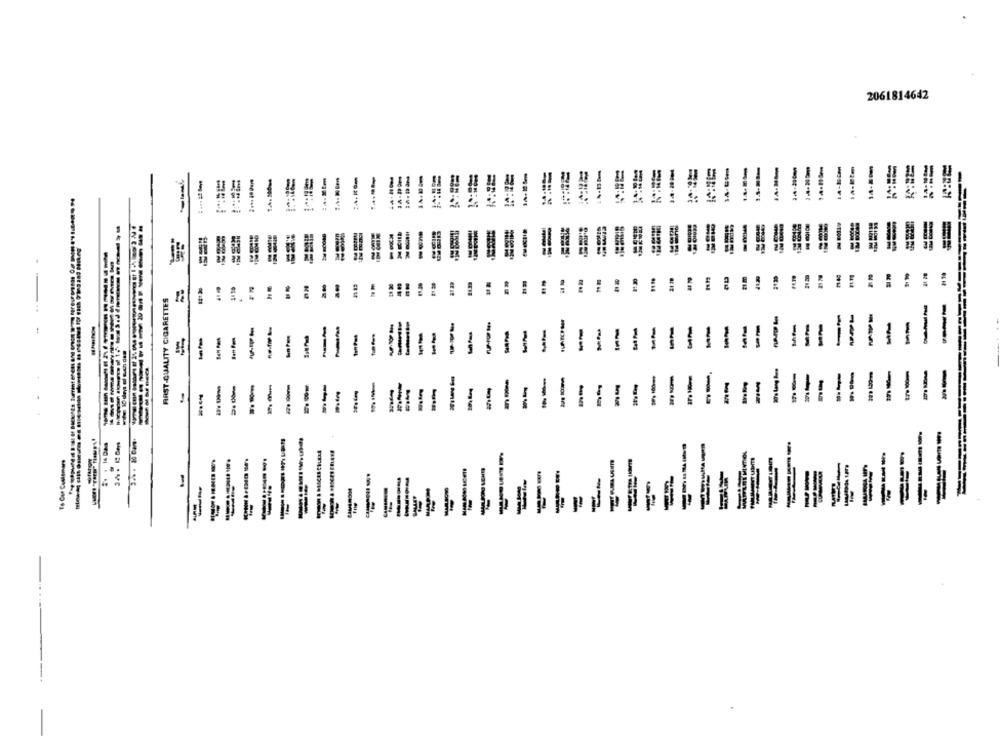
2061814642
12-Btm
--
:4:105m
22
21 m
31 20
#123
FIRST-QUALITY CIGARETTES
---
--
--
---
-
--
-
-
-
-A
10 days of such dan
1
-----
--
--
---
--
--
--
--
--
==
--
=